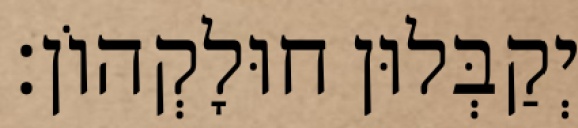
יְקַבְּלוּן חוּלָקְהוֹן׃